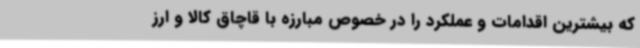
که بیشترین اقدامات و عملکرد را در خصوص مبارزه با قاچاق کالا و ارز